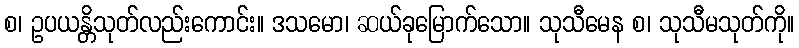
စ၊ ဥပယန္တိသုတ်လည်းကောင်း။ ဒသမော၊ ဆယ်ခုမြောက်သော။ သုသီမေန စ၊ သုသီမသုတ်ကို။